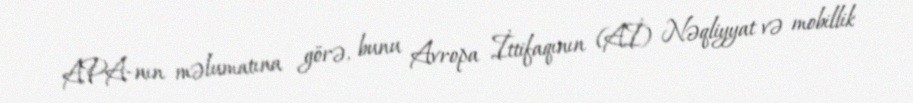
APA-nın məlumatına görə, bunu Avropa İttifaqının (Aİ) Nəqliyyat və mobillik